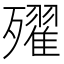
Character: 𣩰